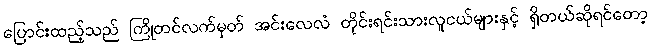
ပြောင်းထည့်သည် ကြိုတင်လက်မှတ် အင်းလေလံ တိုင်းရင်းသားလူငယ်များနှင့် ရှိတယ်ဆိုရင်တော့